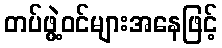
တပ်ဖွဲ့ဝင်များအနေဖြင့်